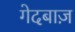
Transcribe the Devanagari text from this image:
गेदबाज़